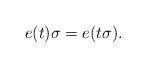
LaTeX: \begin{align*} e(t)\sigma = e(t\sigma).\end{align*}